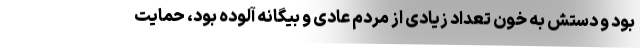
بود و دستش به خون تعداد زیادی از مردم عادی و بیگانه آلوده بود، حمایت